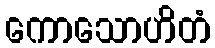
ကောသောဟိတံ